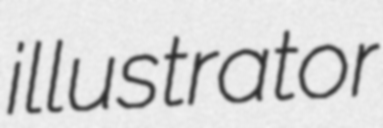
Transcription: illustrator